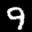
Label: 9